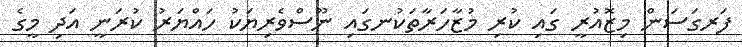
ފަރގަސަން މިޒޮއުރީ ގައި ކުރި މުޒާހަރާތަކުނގައި ނޫސްވެރިޔަކު ހައްޔަރު ކުރަނީ އަދި މީގެ